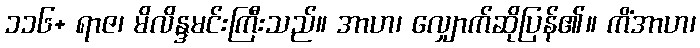
၁၁၆+ ရာဇ၊ မိလိန္ဒမင်းကြီးသည်။ အာဟ၊ လျှောက်ဆိုပြန်၏။ ကိံအာဟ၊